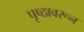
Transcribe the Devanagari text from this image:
पृष्ठावरून